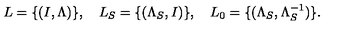
L = \{ ( I , \Lambda ) \} , \quad L _ { S } = \{ ( \Lambda _ { S } , I ) \} , \quad L _ { 0 } = \{ ( \Lambda _ { S } , \Lambda _ { S } ^ { - 1 } ) \} .